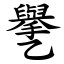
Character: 㐦